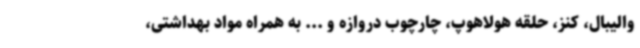
والیبال، کنز، حلقه هولاهوپ، چارچوب دروازه و ... به همراه مواد بهداشتی،